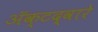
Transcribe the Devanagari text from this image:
अॅक्टद्वारे